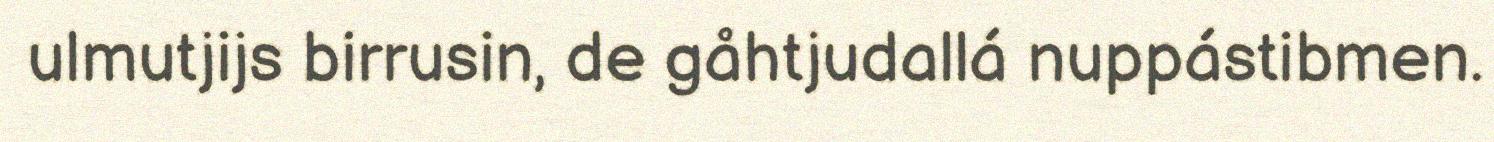
ulmutjijs birrusin, de gåhtjudallá nuppástibmen.